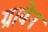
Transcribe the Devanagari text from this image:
ग्राबेन